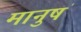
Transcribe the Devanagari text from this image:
मानुषं